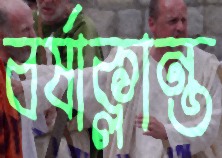
বর্ষাক্লান্ত